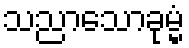
သညာသောခုမ္မံ